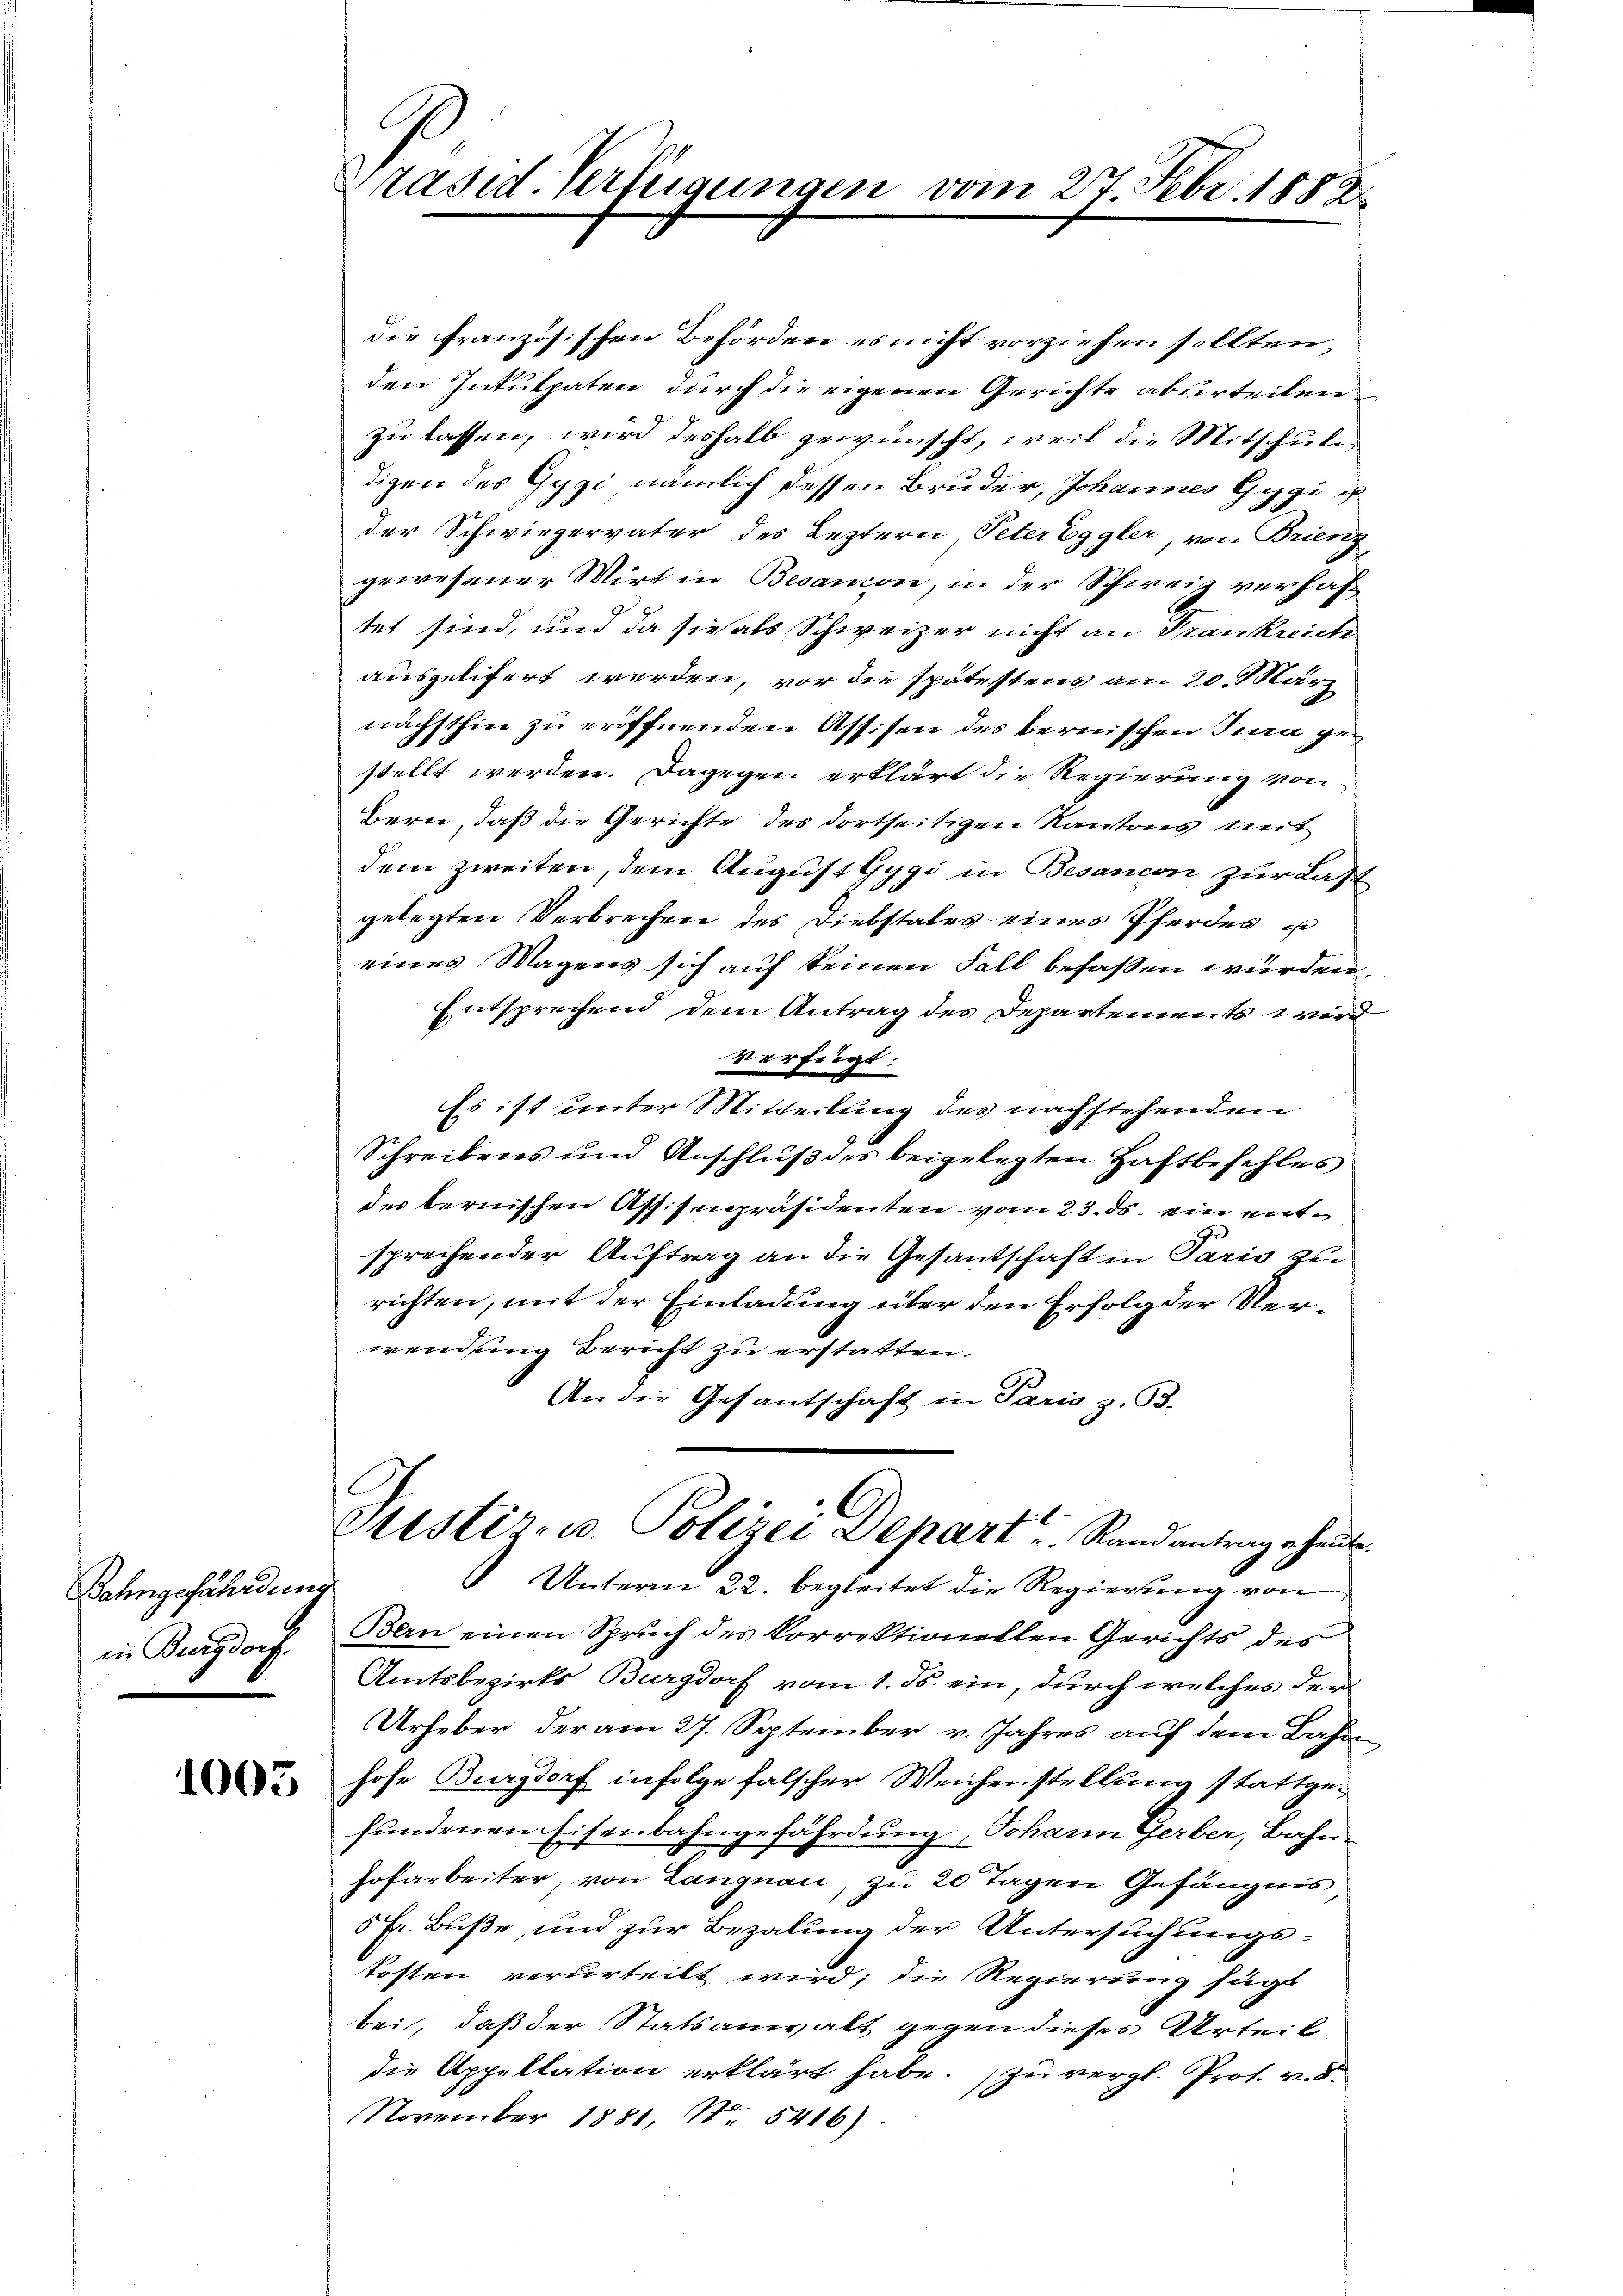
Bahngefährdung
in Burgdorf.

1003

Präsid. Verfügungen vom 27. Febr. 1882

die französischen Behörden es nicht vorziehen sollten,
den Intukpaten durch die eigenen Gerichte aburteilen
zu lassen, wird deshalb gewünscht, weil die Mitschule
digen des Gygi nämlich dessen Bruder, Johannes Gygi u
der Schwiegervater des Leztern Peter Eggler, von Brienz,
gewesener Wirt in Besanon, in der Schweiz verhaftet sind, und da sie als Schweizer nicht an Frankreiche
ausgelifert werden, vor die spätestens am 20. März
nächsthin zu eröffnenden Assisen des bernischen Tura gestellt werden. Dagegen erklärt die Regierung von
Bern, daß die Gerichte des dortseitigen Kantons seit
dem zweiten, dem August Gygi in Besancen zur Last
gelegten Verbrechen des Diebstales eines Pferdes un
eines Wagens sich auf keinen Fall befassen würden.
Entsprechend dem Antrag des Departements wird
verfügt:
Es ist unter Mitteilung des nachstehenden
Schreibens und Anschluß des beigelegten Haftbefehles
des bernischen Aff:Iepräsidenten vom 23. ds. ein entsprechender Auftrag an die Gesantschaft in Paris zur
richten, mit der Einladung über den Erfolg der Verwendung Bericht zu erstatten.
An die Gesantschaft in Paris z. B.
Etistiz u. Polizei Depart Rand antrage heute.
Unterm 22. begleitet die Regierung von
Bern einen Spruch des korrektionellen Gerichts des
Amtsbezirks Burgdorf vom 1. Js. ein, durch welches der
Urheber der am 27. September v. Jahres auf dem Bahn-
hohe Burgdorf infolge falscher Weichenstellung stattgefundenen Eisenbahngefährdung, Johann Gerber, Bahn-
Hofarbeiter von Langnau, zu 20 Tagen Gefängnis
5 Fr. Buße, und zur Bezalung der Untersuchungskosten verurteilt wird; die Regierung sagt
bei, daß der Statsanwalt gegen dieses Urteil
die Appellation erklärt habe. zu vergl. Prof. v. 8.
x
November 1881, No 5416)

m